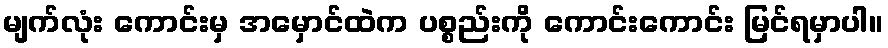
မျက်လုံး ကောင်းမှ အမှောင်ထဲက ပစ္စည်းကို ကောင်းကောင်း မြင်ရမှာပါ။